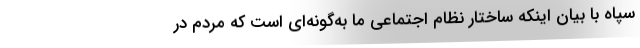
سپاه با بیان اینکه ساختار نظام اجتماعی ما به‌گونه‌ای است که مردم در